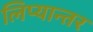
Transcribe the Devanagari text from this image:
लिप्यान्तर